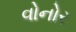
વોનોર